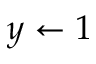
y \gets 1